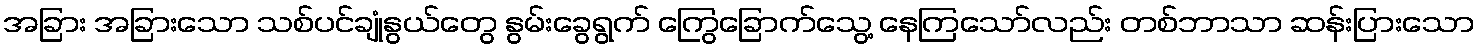
အခြား အခြားသော သစ်ပင်ချုံနွယ်တွေ နွမ်းခွေရွက် ကြွေခြောက်သွေ့ နေကြသော်လည်း တစ်ဘာသာ ဆန်းပြားသော